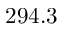
2 9 4 . 3